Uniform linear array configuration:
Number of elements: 12
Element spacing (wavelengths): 0.25
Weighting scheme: kaiser
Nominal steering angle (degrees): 0
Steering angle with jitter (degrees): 1.296
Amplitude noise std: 0.05
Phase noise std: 0.05

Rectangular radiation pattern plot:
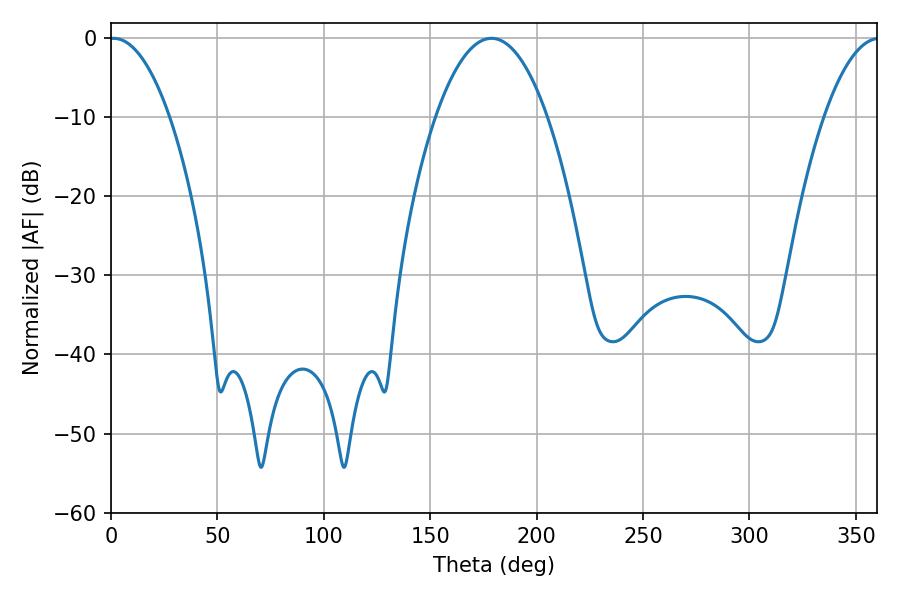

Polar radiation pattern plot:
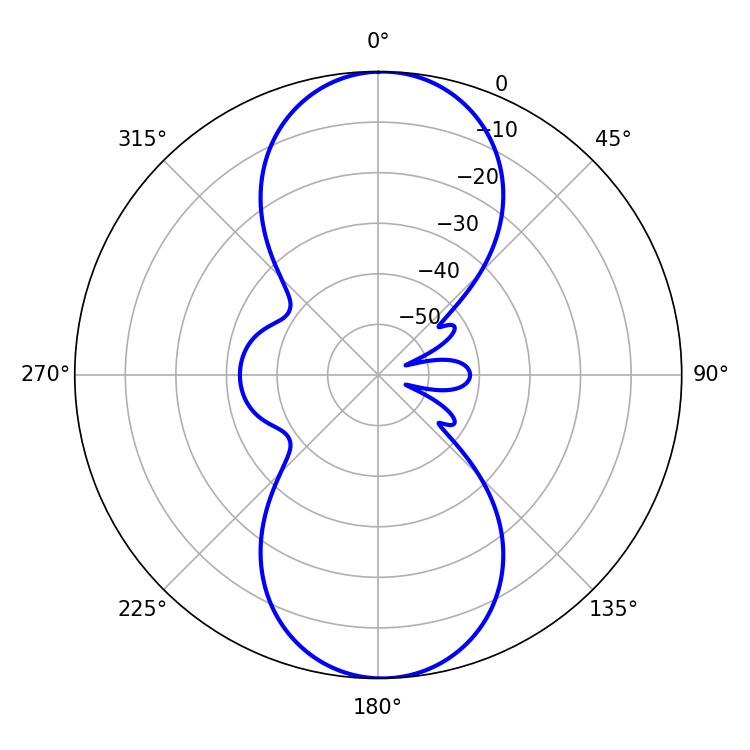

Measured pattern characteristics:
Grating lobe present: FALSE
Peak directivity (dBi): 19.547
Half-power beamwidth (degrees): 15.66
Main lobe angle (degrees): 1.26